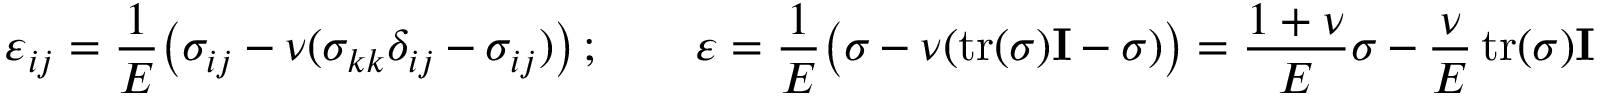
\varepsilon _ { i j } = { \frac { 1 } { E } } { \big ( } \sigma _ { i j } - \nu ( \sigma _ { k k } \delta _ { i j } - \sigma _ { i j } ) { \big ) } \, ; \qquad { \boldsymbol { \varepsilon } } = { \frac { 1 } { E } } { \big ( } { \boldsymbol { \sigma } } - \nu ( \operatorname { t r } ( { \boldsymbol { \sigma } } ) \mathbf { I } - { \boldsymbol { \sigma } } ) { \big ) } = { \frac { 1 + \nu } { E } } { \boldsymbol { \sigma } } - { \frac { \nu } { E } } \operatorname { t r } ( { \boldsymbol { \sigma } } ) \mathbf { I }